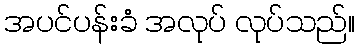
အပင်ပန်းခံ အလုပ် လုပ်သည်။